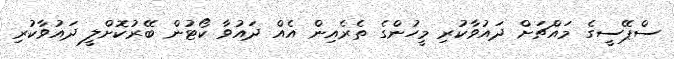
ސްޕޭސީގެ މައްޗަށް ދައުވާކުރި މީހުންގެ ތެރެއިން އެއް ދައުވާ ކޯޓުން ބޭރުކޮށްލީ ދައުވާކުރި